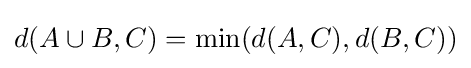
d(A\cup B,C)=\min(d(A,C),d(B,C))